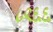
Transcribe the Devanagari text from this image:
८९६६